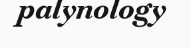
palynology